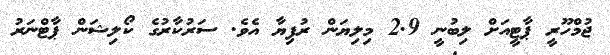
ޖުމްހޫރީ ޕާޓީއަށް ލިބުނީ 2.9 މިލިޔަން ރުފިޔާ އެވެ. ސަރުކާރުގެ ކޯލިޝަން ޕާޓްނަރު